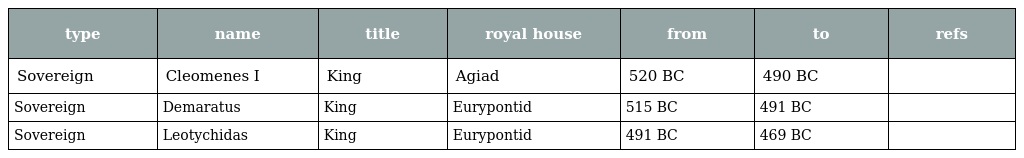
| type | name | title | royal house | from | to | refs |
 | --- | --- | --- | --- | --- | --- | --- |
 | Sovereign | Cleomenes I | King | Agiad | 520 BC | 490 BC |  |
 | Sovereign | Demaratus | King | Eurypontid | 515 BC | 491 BC |  |
 | Sovereign | Leotychidas | King | Eurypontid | 491 BC | 469 BC |  |